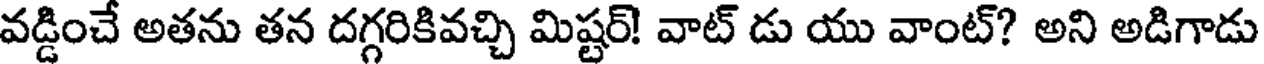
వడ్డించే అతను తన దగ్గరికివచ్చి మిష్టర్! వాట్ డు యు వాంట్? అని అడిగాడు